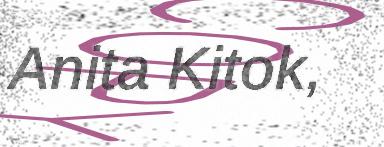
Anita Kitok,